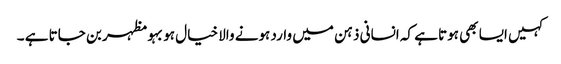
کہیں ایسا بھی ہوتا ہے کہ انسانی ذہن میں وارد ہونے والا خیال ہوبہو مظہر بن جاتا ہے ۔